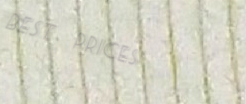
best prices